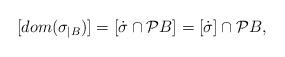
LaTeX: \begin{align*}[dom(\sigma_{\vert B})]=[\dot{\sigma}\cap\mathcal{P}B]=[\dot{\sigma}]\cap\mathcal{P}B,\end{align*}